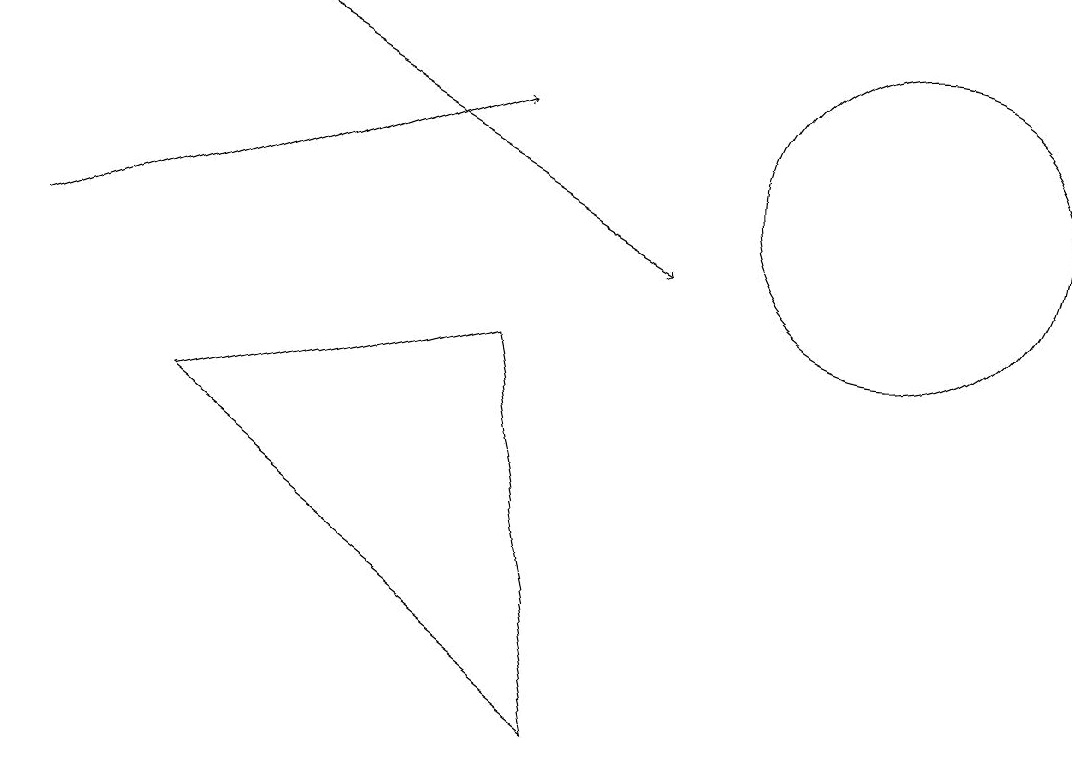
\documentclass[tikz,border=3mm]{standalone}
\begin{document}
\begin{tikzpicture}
\draw (11,11) circle (2);
\draw[->] (0,10) -- (6,12);
\draw[->] (3,13) -- (8,10);
\draw (2,8) -- (6,9) -- (7,4) -- cycle;
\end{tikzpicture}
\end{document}